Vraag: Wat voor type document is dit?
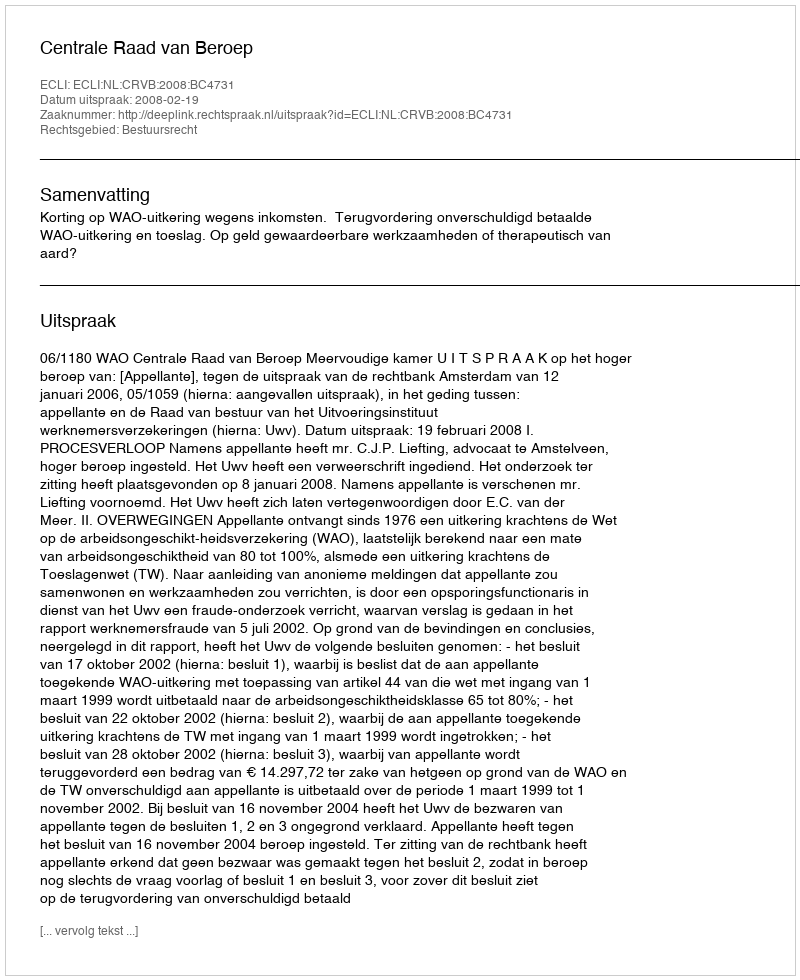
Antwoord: Uitspraak